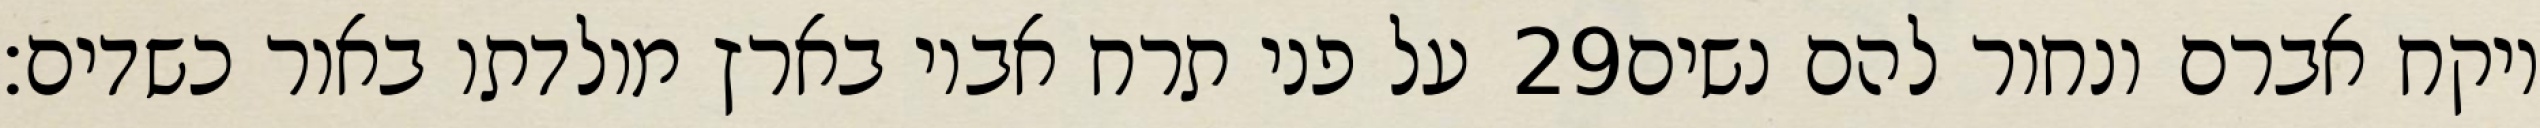
על פני תרח אביו בארץ מולדתו באור כשדים׃ ‎29‏ ויקח אברם ונחור להם נשים